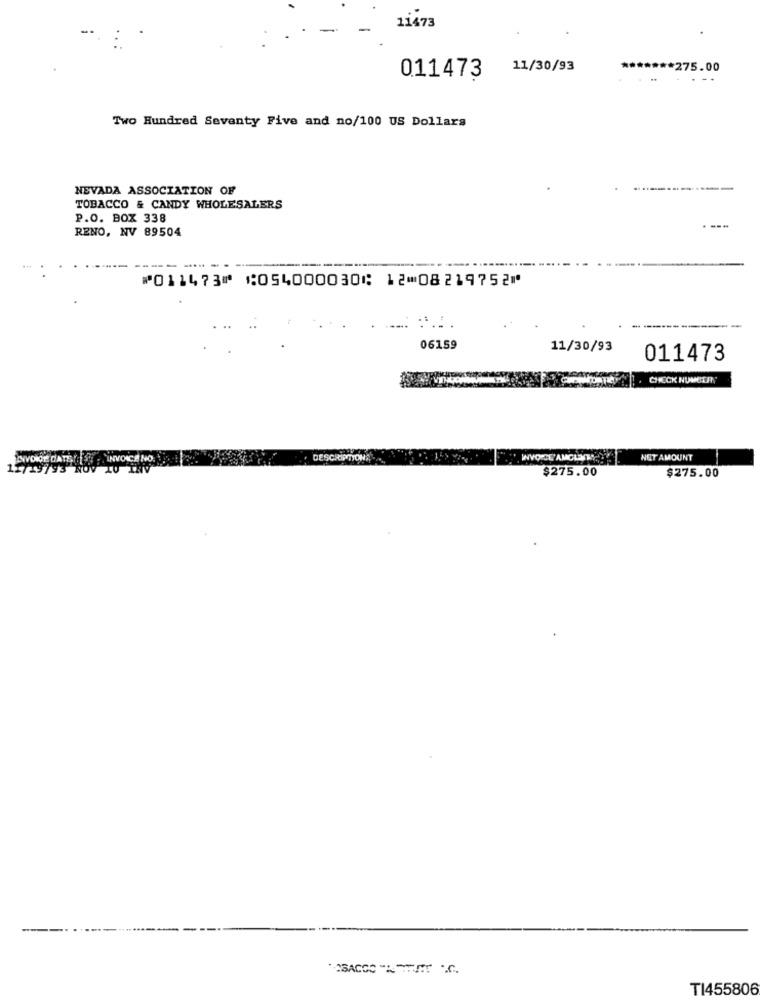
11473
11/30/93
**** 275.00
011473
....
Two Hundred Seventy Five and no/100 US Dollars
NEVADA ASSOCIATION OF
TOBACCO & CANDY WHOLESALERS
P.O. BOX 338
----
RENO, NV 89504
------ -
⑈011473⑈ ⑆054000030⑆ 12⑉08219752⑈
06159
11/30/93
011473
CHECK NUMETANY
INVOICE DATE IST
INVOICE NO.
DESC
NET AMOUNT
12/19793 1
$275.00
$275.00
TI455806